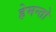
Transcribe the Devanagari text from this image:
हेमन्तो